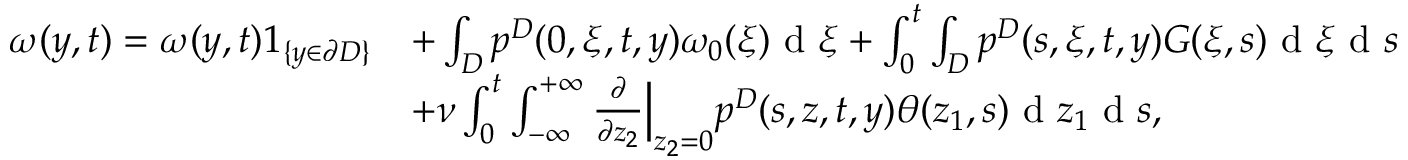
\begin{array} { r l } { \omega ( y , t ) = \omega ( y , t ) 1 _ { \{ y \in \partial D \} } } & { + \int _ { D } p ^ { D } ( 0 , \xi , t , y ) \omega _ { 0 } ( \xi ) \textrm { d } \xi + \int _ { 0 } ^ { t } \int _ { D } p ^ { D } ( s , \xi , t , y ) G ( \xi , s ) \textrm { d } \xi \textrm { d } s } \\ & { + \nu \int _ { 0 } ^ { t } \int _ { - \infty } ^ { + \infty } \frac { \partial } { \partial z _ { 2 } } \Big | _ { z _ { 2 } = 0 } p ^ { D } ( s , z , t , y ) \theta ( z _ { 1 } , s ) \textrm { d } z _ { 1 } \textrm { d } s , } \end{array}